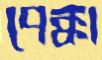
পেক্কা